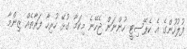
ފުލުހުންގެ އެ ކެޕޭސިޓީ ހުންނަން ޖެހޭނެ މިކަމާ ގުޅޭ ހުރިހާ ފަރާތެއް ޒިންމާ